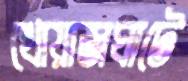
খোয়াজঘাটে